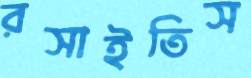
রসাইতিস